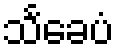
သင်္ခေပံ